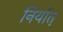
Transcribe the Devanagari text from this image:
निर्यात्‌